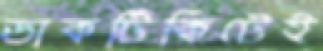
ডাকটিকিটেই